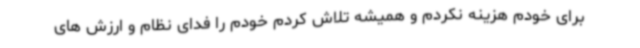
برای خودم هزینه نکردم و همیشه تلاش کردم خودم را فدای نظام و ارزش های